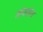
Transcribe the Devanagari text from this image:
खोजयोग्य